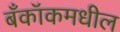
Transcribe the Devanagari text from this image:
बँकॉकमधील